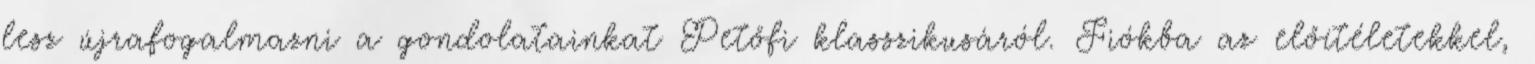
lesz újrafogalmazni a gondolatainkat Petőfi klasszikusáról. Fiókba az előítéletekkel,